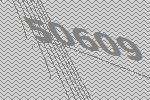
50609